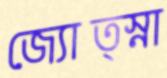
জ্যোত্স্না